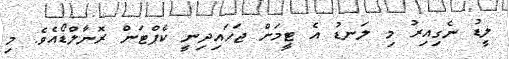
ލީޑު ނެގިއިރު މި ލަނޑު އެ ޓީމަށް ޖަހައިދިނީ ކެޕްޓަން ރޮނާލްޑޯއެވެ. މި